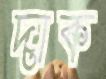
দাক